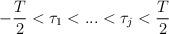
LaTeX: \begin{align*}-{{T} \over {2}} < \tau_1 < ... < \tau_j < {{T} \over {2}}\end{align*}